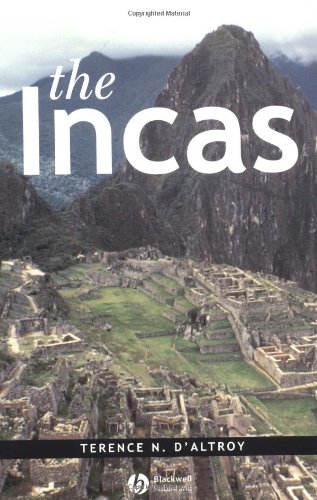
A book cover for The Incas; Terence N. D'Altroy; History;